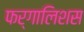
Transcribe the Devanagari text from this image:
फर्गालिशस